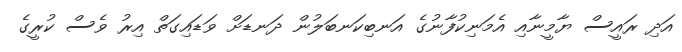
އަދި ރައީސް ޔާމީނާއި އެމަނިކުފާނުގެ އަނބިކަނބަލުން ދަނޑަށް ވަޑައިގަތް އިރު ވެސް ކުރީގެ